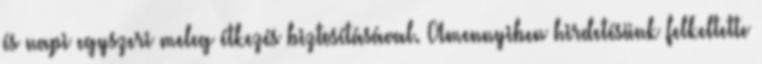
és napi egyszeri meleg étkezés biztosításával. Amennyiben hirdetésünk felkeltette